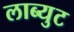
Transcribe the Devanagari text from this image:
लाब्युट